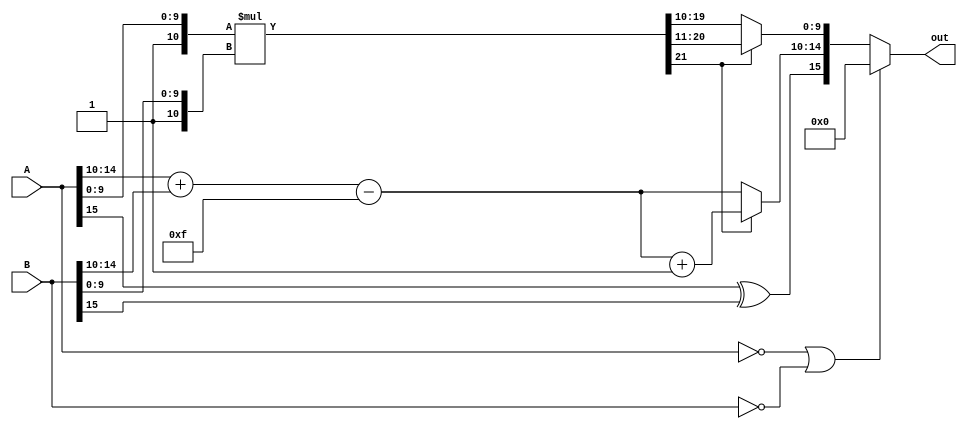
module floating_multi(
	input [15:0]A,B,
	output reg [15:0]out
);
reg [10:0]mantA,mantB;
reg [9:0]Mant;
reg [21:0]tempMant;
reg [4:0]expA,expB,tempExp,exp;
reg signA,signB,Sign;

always@ *
begin
if (A==0 || B==0) out=0;
else begin 
mantA={1'b1,A[9:0]};
mantB={1'b1,B[9:0]};


expA=A[14:10];
expB=B[14:10];
tempExp=expA+expB-15;

signA=A[15];
signB=B[15];

tempMant=mantA*mantB;
Mant=tempMant[21]?tempMant[21:11]:tempMant[19:10];
exp=tempMant[21]?tempExp+1:tempExp;

Sign=signA^signB;

out={Sign,exp,Mant};
end
end
endmodule